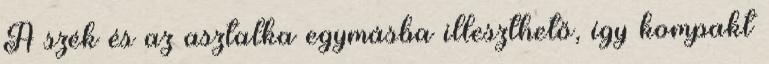
A szék és az asztalka egymásba illeszthető, így kompakt